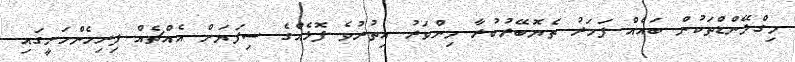
މިގްލޭންޑްތަކުން ބައެއް ފަހަރު ތެޔޮބޭރުކުރާ މިންވަރު އިތުރުވެ ފޮޅެއްގެ ސިފަޔަށް އެއްޗެއް ފިރިހެންހަށީގައި